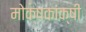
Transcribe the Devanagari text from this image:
मोक्षकांक्षी